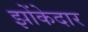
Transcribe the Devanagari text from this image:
झोंकेदार